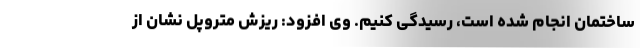
ساختمان انجام شده است، رسیدگی کنیم. وی افزود: ریزش متروپل نشان از